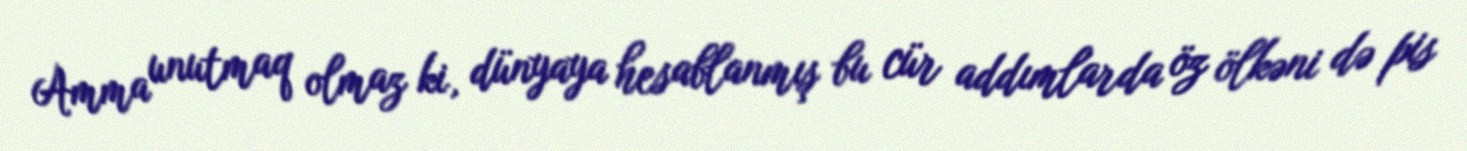
Amma unutmaq olmaz ki, dünyaya hesablanmış bu cür addımlarda öz ölkəni də pis